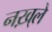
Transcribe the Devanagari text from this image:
नख़्ले